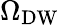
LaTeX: \Omega_{\mathrm{DW}}